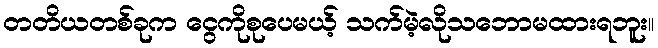
တတိယတစ်ခုက ငွေကိုစုပေမယ့် သက်မဲ့လိုသဘောမထားရဘူး။